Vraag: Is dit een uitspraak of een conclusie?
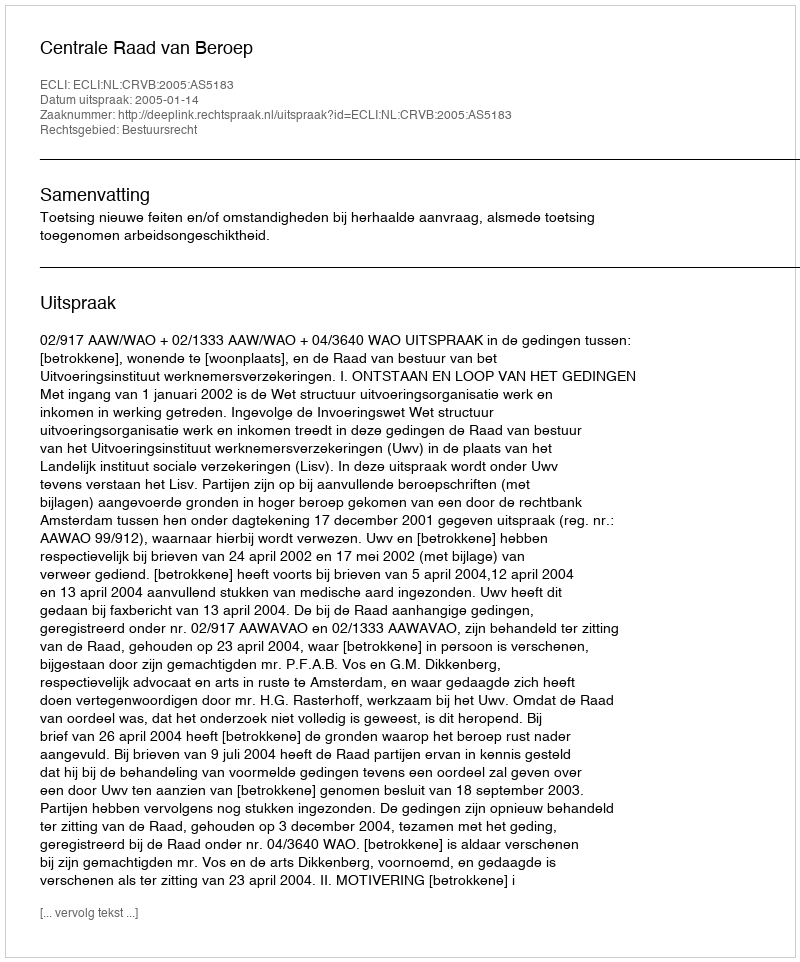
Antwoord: Uitspraak